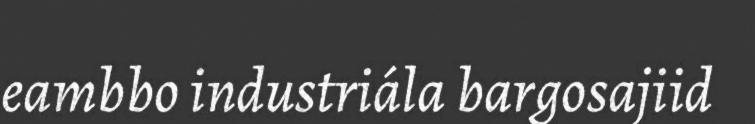
eambbo industriála bargosajiid